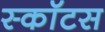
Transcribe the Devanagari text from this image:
स्कॉटस